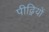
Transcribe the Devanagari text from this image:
पीढ़ियों